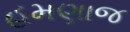
હમણાજ